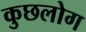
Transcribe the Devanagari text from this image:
कुछलोग